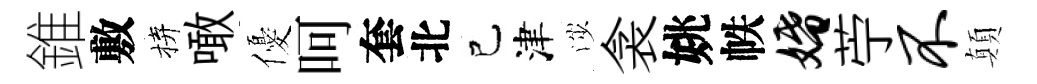
錐敷拚噉優呵套北己津渉衾姚帙婚苧不顛